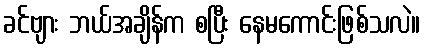
ခင်ဗျား ဘယ်အချိန်က စပြီး နေမကောင်းဖြစ်သလဲ။